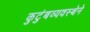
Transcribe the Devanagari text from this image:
कुटुंबव्यवस्थेने